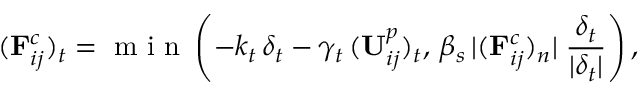
( \mathbf { F } _ { i j } ^ { c } ) _ { t } = \textrm { m i n } \left( - k _ { t } \, \delta _ { t } - \gamma _ { t } \, ( \mathbf { U } _ { i j } ^ { p } ) _ { t } , \, \beta _ { s } \, | ( \mathbf { F } _ { i j } ^ { c } ) _ { n } | \; \frac { \delta _ { t } } { | \delta _ { t } | } \right) ,